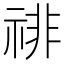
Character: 𰨅